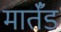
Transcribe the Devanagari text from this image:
मार्तँड